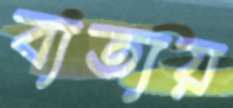
ব্যত্যয়